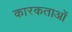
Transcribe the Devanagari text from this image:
कारकताओं